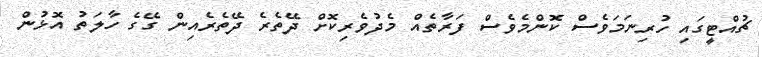
ޗުއްޓީގައި ހުރިނަމަވެސް ކޮންމެވެސް ފަރާތެއް މެދުވެރިކޮށް ދޭތެރެ ދޭތެރެއިން ގޭގެ ހާލަތު އޮޅުން